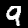
Label: 9